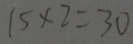
1 5 \times 2 = 3 0